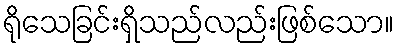
ရိုသေခြင်းရှိသည်လည်းဖြစ်သော။